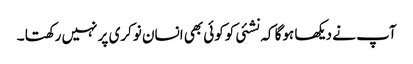
آپ نے دیکھا ہوگا کہ نشئی کوکوئی بھی انسان نوکری پر نہیں رکھتا ۔